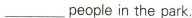
___people in the park.